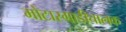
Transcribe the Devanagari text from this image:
मोटारगाडीचालक